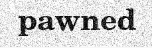
pawned